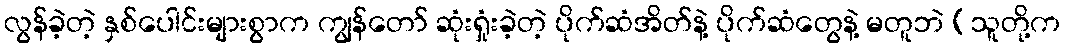
လွန်ခဲ့တဲ့ နှစ်ပေါင်းများစွာက ကျွန်တော် ဆုံးရှုံးခဲ့တဲ့ ပိုက်ဆံအိတ်နဲ့ ပိုက်ဆံတွေနဲ့ မတူဘဲ (သူတို့က